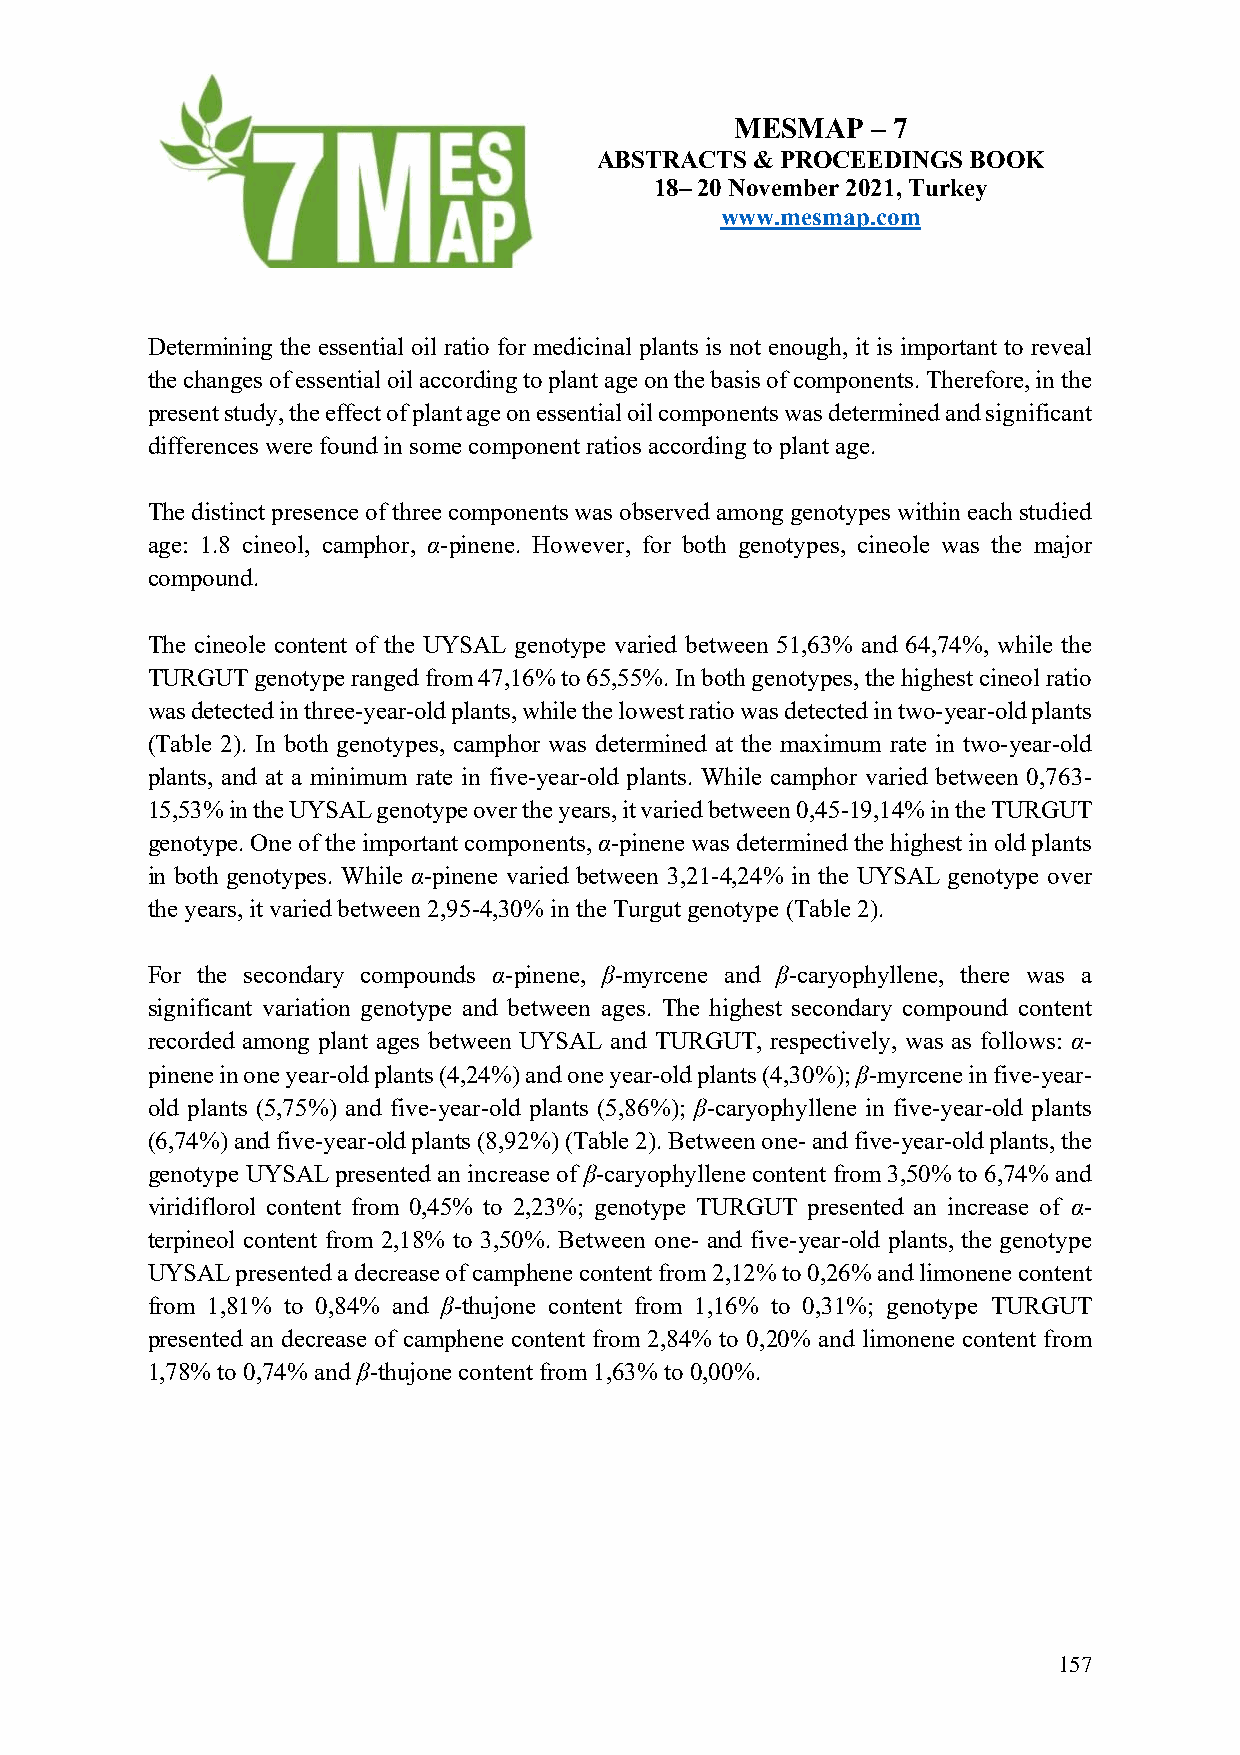
MESMAP   – 7
 ABSTRACTS  & PROCEEDINGS BOOK
 18– 20 November 2021, Turkey
 www.mesmap.com
 Determining the essential oil ratio for medicinal plants is not enough, it is important to reveal
 the changes of essential oil according to plant age on the basis of components. Therefore, in the
 present study, the effect of plant age on essential oil components was determined and significant
 differences were found in some component ratios according to plant age.
 The distinct presence of three components was observed among genotypes within each studied
 age: 1.8 cineol, camphor, α-pinene. However, for both genotypes, cineole was the major
 compound.
 The cineole content of the UYSAL genotype varied between 51,63% and 64,74%, while the
 TURGUT genotype ranged from 47,16% to 65,55%. In both genotypes, the highest cineol ratio
 was detected in three-year-old plants, while the lowest ratio was detected in two-year-old plants
 (Table 2). In both genotypes, camphor was determined at the maximum rate in two-year-old
 plants, and at a minimum rate in five-year-old plants. While camphor varied between 0,763-
 15,53% in the UYSAL genotype over the years, it varied between 0,45-19,14% in the TURGUT
 genotype. One of the important components, α-pinene was determined the highest in old plants
 in both genotypes. While α-pinene varied between 3,21-4,24% in the UYSAL genotype over
 the years, it varied between 2,95-4,30% in the Turgut genotype (Table 2).
 For the secondary compounds α-pinene, β-myrcene and β-caryophyllene, there was a
 significant variation genotype and between ages. The highest secondary compound content
 recorded among plant ages between UYSAL and TURGUT, respectively, was as follows: α-
 pinene in one year-old plants (4,24%) and one year-old plants (4,30%); β-myrcene in five-year-
 old plants (5,75%) and five-year-old plants (5,86%); β-caryophyllene in five-year-old plants
 (6,74%) and five-year-old plants (8,92%) (Table 2). Between one- and five-year-old plants, the
 genotype UYSAL presented an increase of β-caryophyllene content from 3,50% to 6,74% and
 viridiflorol content from 0,45% to 2,23%; genotype TURGUT presented an increase of α-
 terpineol content from 2,18% to 3,50%. Between one- and five-year-old plants, the genotype
 UYSAL presented a decrease of camphene content from 2,12% to 0,26% and limonene content
 from 1,81% to 0,84% and β-thujone content from 1,16% to 0,31%; genotype TURGUT
 presented an decrease of camphene content from 2,84% to 0,20% and limonene content from
 1,78% to 0,74% and β-thujone content from 1,63% to 0,00%.
 157